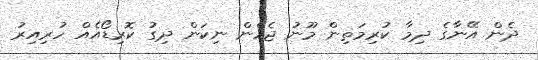
ދެން އޭނާގެ ދިމާ ކުރިމަތިން މޫނު ޖެހެން ނިކަން ދިގު ކޮރިޑޯއެއް ހުރިއިރު